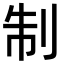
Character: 制